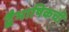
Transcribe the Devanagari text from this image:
द्वैभाषिकची